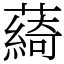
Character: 𦿟